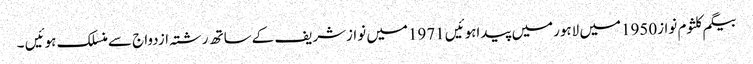
بیگم کلثوم نواز1950میں لاہورمیں پیداہوئیں 1971میں نوازشریف کےساتھ رشتہ ازدواج سےمنسلک ہوئیں ۔